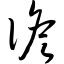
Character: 谵